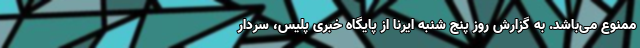
ممنوع می‌باشد. به گزارش روز پنج شنبه ایرنا از پایگاه خبری پلیس، سردار